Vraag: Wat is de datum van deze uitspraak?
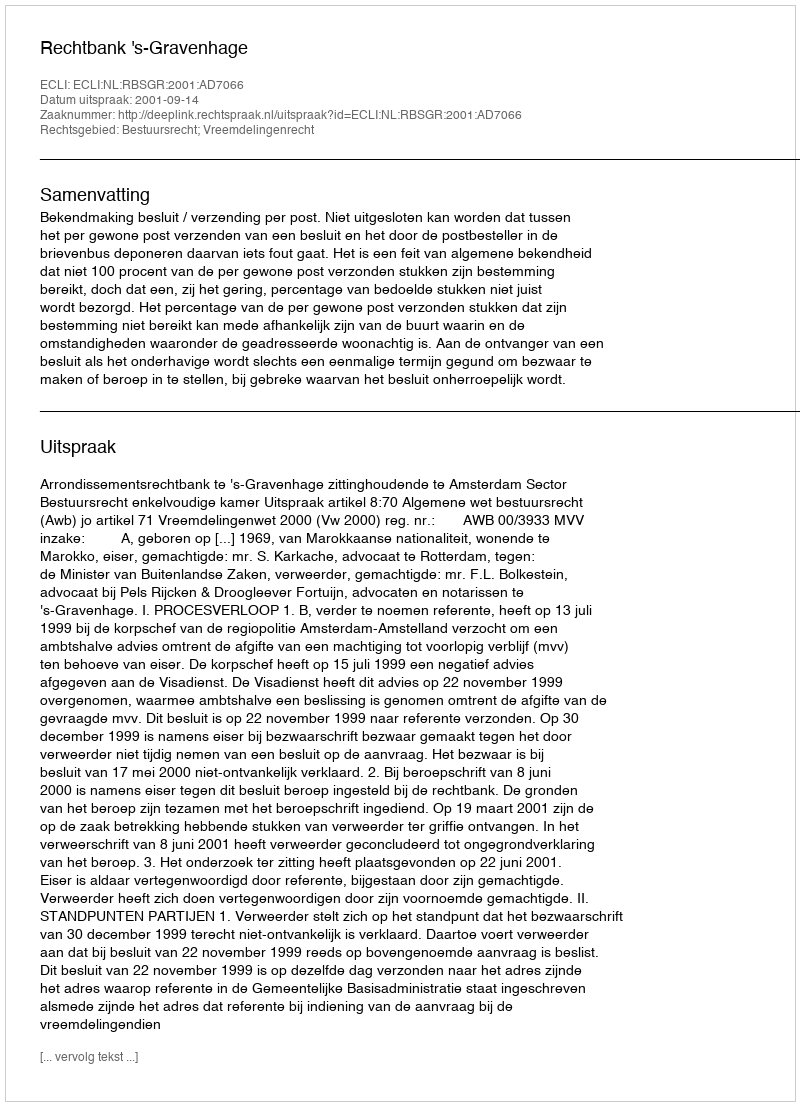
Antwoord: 2001-09-14